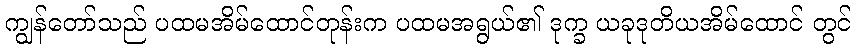
ကျွန်တော်သည် ပထမအိမ်ထောင်တုန်းက ပထမအရွယ်၏ ဒုက္ခ ယခုဒုတိယအိမ်ထောင် တွင်